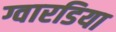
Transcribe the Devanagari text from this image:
ग्वारडिया